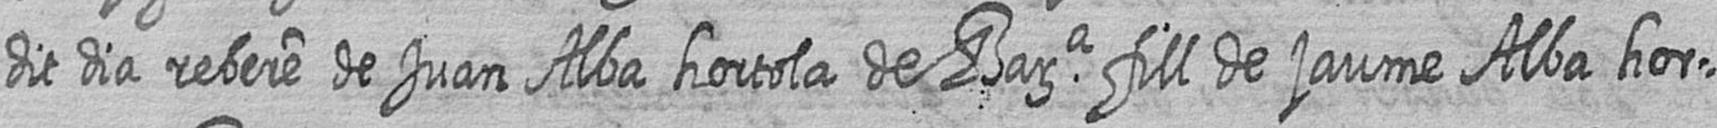
dit dia rebere de Juan Alba hortola de Barca fill de jaume Alba hor=